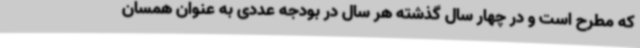
که مطرح است و در چهار سال گذشته هر سال در بودجه عددی به عنوان همسان